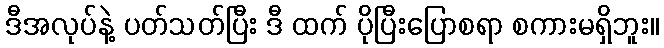
ဒီအလုပ်နဲ့ ပတ်သတ်ပြီး ဒီ ထက် ပိုပြီးပြောစရာ စကားမရှိဘူး။